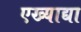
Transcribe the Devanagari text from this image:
एख्याद्या